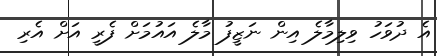
އެ ދުވަހު ވިލިމާލެ އިން ނަޒީފު މާލެ އައުމަށް ފެރީ އަށް އެރި